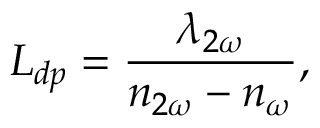
L _ { d p } = \frac { \lambda _ { 2 \omega } } { n _ { 2 \omega } - n _ { \omega } } ,